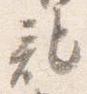
記